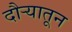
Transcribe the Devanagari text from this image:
दौऱ्यातून